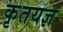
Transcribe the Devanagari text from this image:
कृतयज्ञ